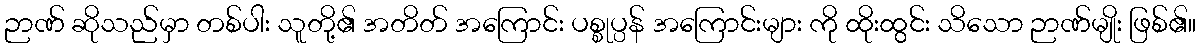
ဉာဏ် ဆိုသည်မှာ တစ်ပါး သူတို့၏ အတိတ် အကြောင်း ပစ္စုပ္ပန် အကြောင်းများ ကို ထိုးထွင်း သိသော ဉာဏ်မျိုး ဖြစ်၏။